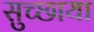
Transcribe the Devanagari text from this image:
सुच्छाया